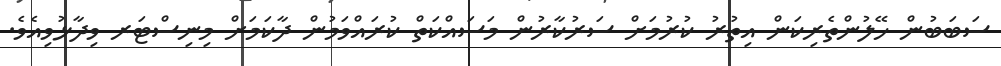
ސަބަބުން ހޭލުންތެރިކަން އިތުރު ކުރުމަށް ސަރުކާރުން މަސައްކަތް ކުރައްވަމުން ދާކަމަށް މިނިސްޓަރ ވިދާޅުވިއެވެ.